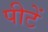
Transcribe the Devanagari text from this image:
पीटें